Medical and sanitary report of the native army of Bengal for the year
Year: 1875
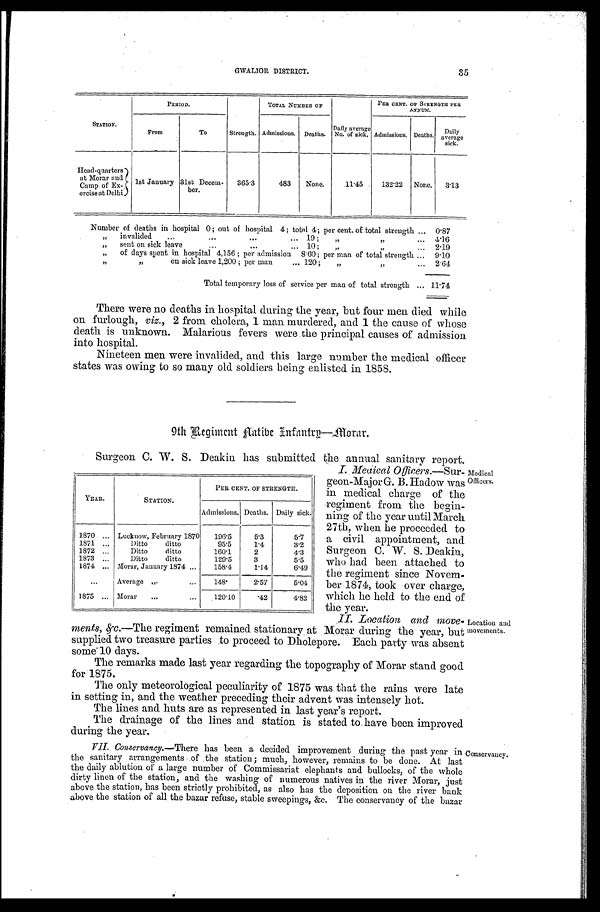
35
GWALIOR DISTRICT.
PERIOD.
TOTAL NUMBER OF
PER CENT. OF STRENGTH PER
ANNUM.
STATION.
From
To
Strength. Admissions.
Deaths.
Daily average
No. of sick. Admissions. Deaths.
Daily
average sick.
Head-quarters
at Morar and
Camp, of Ex-
ercise at Delhi
1st January 31st Decem-
ber.
365.3
483
None.
11.45
132.22
None.
3.13
Number of deaths in hospital 0; out of hospital 4; total 4; per cent. of total strength . . .
0.87
" invalided . . . 19 ; " ". . .
4.16
" sent on sick leave . . . 10 ; " ". . .
2.19
" of days spent in hospital 4,156 ; per admission 8.60; per man of total strength . . .
9.10
" on sick leave 1,200 ; per man . . . 120 ;
" " . . . 2.64
Total temporary loss of service per man of total strength . . . 11.74
There were no deaths in hospital during the year, but four men died while
on furlough, viz., 2 from cholera, 1 man murdered, and 1 the cause of whose
death is unknown. Malarious fevers were the principal causes of admission
into hospital.
Nineteen men were invalided, and this large number the medical officer
states was owing to so many old soldiers being enlisted in 1858.
9th Regiment Aatibe Infantry—Alorar.
Surgeon C. W. S. Deakin has submitted the annual sanitary report.
YEAR.
STATION.
PER CENT. OF STRENGTH.
Admissions. Deaths. Daily sick.
1870 . . .
Lucknow, February 1870
196.5
5.3
5.7
1871 . . .
Ditto ditto
95.5
1.4
3.2
1872 . . .
Ditto ditto
160.1
2
4.3
1873 . . .
Ditto ditto
129.5
3
5.5
1874 . . .
Morar, January 1874 . . .
158.4
1.14
6.49
. . .
Average " . . .
148.
2.57
5 . 0 4
1875 . . .
Morar . . .
120.10
.42
4.82
I. Medical 0fficers.—Sur
-
geon-Major G. B. Hadow was
in medical charge of the
r regiment from the begin-
ning of the year until March
27th, when he proceeded to
a civil appointment, and
Surgeon C. W. S. Deakin,
who had been attached to
the regiment since Novem
-ber 1874, took over charge,
which he held to the end of
the year.
Medical
Officers.
ments, &c.—The regiment remained stationary at Morar during the year, but
supplied two treasure parties to proceed to Dholepore. Each party was absent
some 10 days.
The remarks made last year regarding the topography of Morar stand good
for 1875.
The only meteorological peculiarity of 1875 was that the rains were late
in setting in, and the weather preceding their advent was intensely hot.
The lines and huts are as represented in last year's report.
The drainage of the lines and station is stated to have been improved
during the year.
Location and
movements.
VII. Conservancy .—There has been a decided improvement during the past year in
the sanitary arrangements of the station; much, however, remains to be done. At last
the daily ablution of a large number of Commissariat elephants and bullocks, of the whole
dirty linen of the station, and the washing of numerous natives in the river Morar, just
above the station, has been strictly prohibited, as also has the deposition on the river bank
above the station of all the bazar refuse, stable sweepings, &c. The conservancy of the bazar
Conservancy.